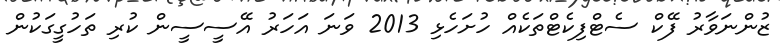
ޒުންނަވާރު ފޭކް ސެޓްފިކެޓްތަކެއް ހުށަހެޅި 2013 ވަނަ އަހަރު އޭސީސީން ކުރި ތަހުގީގަކުން